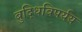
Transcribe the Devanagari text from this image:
बुद्धिविपर्यय